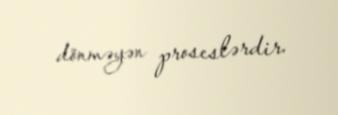
dönməyən proseslərdir.